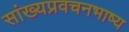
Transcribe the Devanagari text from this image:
सांख्यप्रवचनभाष्य